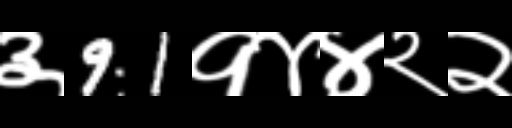
Text: ३91१४४२२